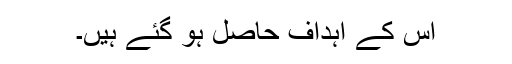
اِس کے اہداف حاصل ہو گئے ہیں۔